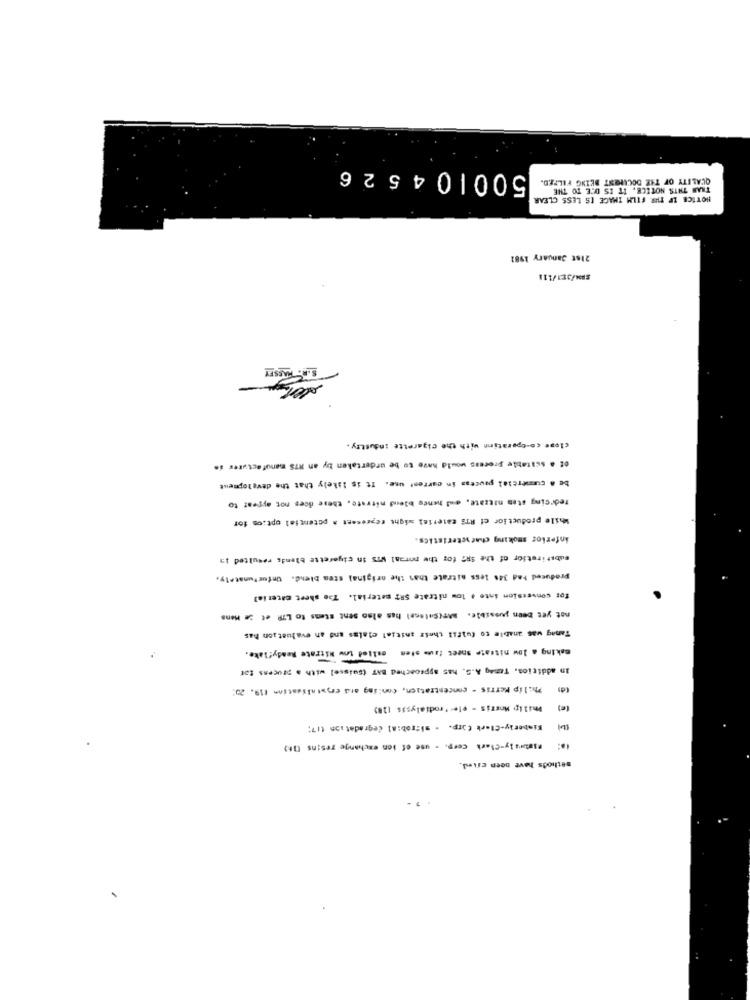
500104526
QUALITY OF THE DOCMENT BEING FILMED.
TRAM THIS NOTICE, IT IS DIE TO THE
HOTICE IF THR FILM IMAGE IS LESS CLEAR
21st January 1981
SRM/3E1/111
S.A. HAESTY
ster
close co-operation with the cigarette Industry.
of a suitable Process would have to be undertaken by an RTS manufacturer in
be & cumercial paucess in current use. It is likely that the development
Tedring sten nitrate, and hence blend nitrate, these does not appear to
While productior ct RTS material might represent a potential option for
inferior smoking chacyeteristics.
Substiretfor of the SR7 for the normal wis in cigarette blends resulted in
Produced Had 34% less nitrate than the original stea blend. Unfortunately,
for conversion inte , low nitrate SRT material. The sheet material
not yet been possible. BAT(Satanel has also sent stens to LTR et se Mons
Tamag was anable to fulfil their initial ciales and an evaluation has
asking a low nitrate sapes taum sten esited low Nitrate Ready" lake.
In addition, Tamag A.S. has approached BAT (suisse] with a process for
Philip Ferris - concentration, conling and emoralisation 119. 20:
Philip Morris - eler ' rodialysis [28)
Kimberly-Clark Corp. . sizrob:al degradation (17;
"astaraly-Clark Corp. - use of ion exchange resins (1)
methods have been cried.